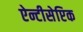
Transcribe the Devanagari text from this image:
ऐन्टीसेप्टिक